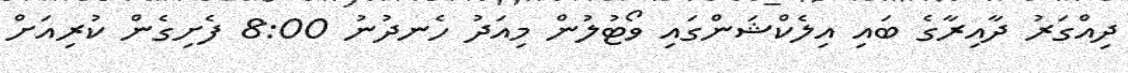
ދިއްގަރު ދާއިރާގެ ބައި އިލެކްޝަންގައި ވޯޓުލުން މިއަދު ހެނދުނު 8:00 ފެށިގެން ކުރިއަށް